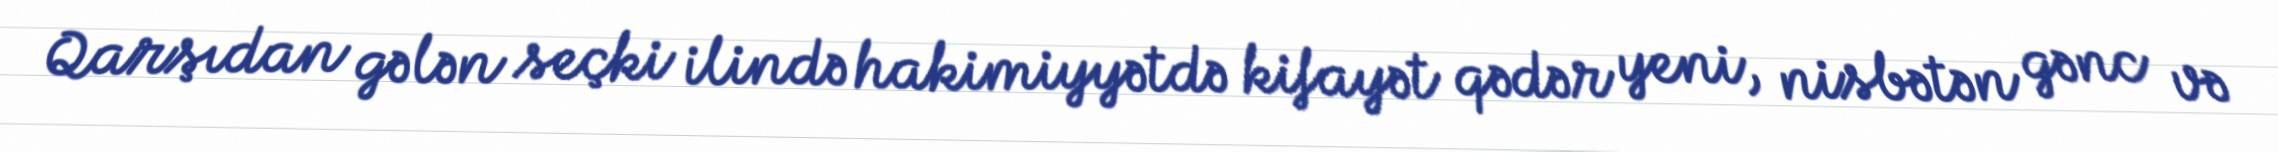
Qarşıdan gələn seçki ilində hakimiyyətdə kifayət qədər yeni, nisbətən gənc və